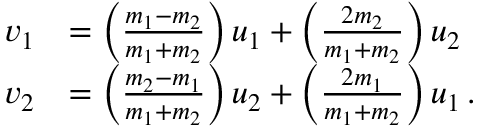
{ \begin{array} { r l } { v _ { 1 } } & { = \left( { \frac { m _ { 1 } - m _ { 2 } } { m _ { 1 } + m _ { 2 } } } \right) u _ { 1 } + \left( { \frac { 2 m _ { 2 } } { m _ { 1 } + m _ { 2 } } } \right) u _ { 2 } } \\ { v _ { 2 } } & { = \left( { \frac { m _ { 2 } - m _ { 1 } } { m _ { 1 } + m _ { 2 } } } \right) u _ { 2 } + \left( { \frac { 2 m _ { 1 } } { m _ { 1 } + m _ { 2 } } } \right) u _ { 1 } \, . } \end{array} }